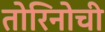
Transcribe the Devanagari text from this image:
तोरिनोची